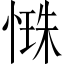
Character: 𢟐